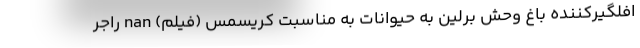
افلگیرکننده باغ وحش برلین به حیوانات به مناسبت کریسمس (فیلم) nan راجر